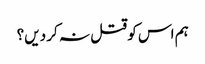
ہم اس کو قتل نہ کر دیں؟